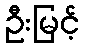
ဦးမြင့်